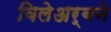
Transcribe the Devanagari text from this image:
विलेअर्बने